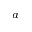
^ a